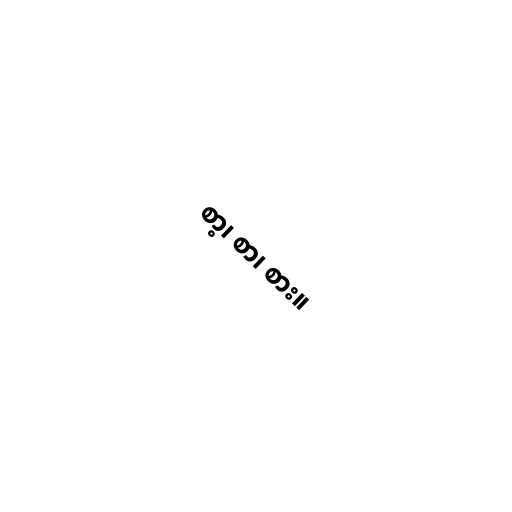
စာ့၊ စာ၊ စား။